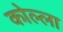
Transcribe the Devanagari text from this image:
कोल्ला